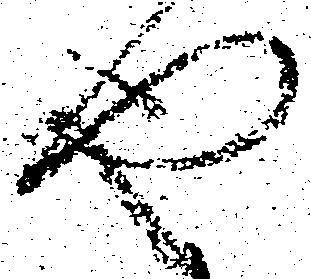
や